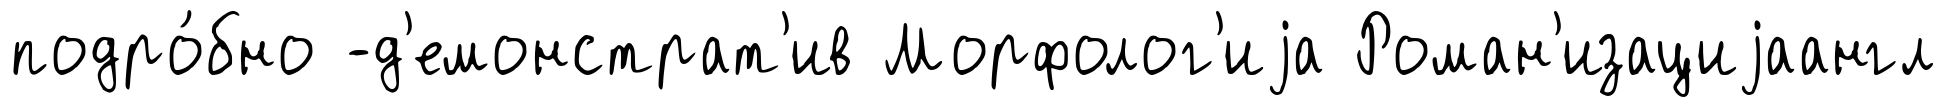
подро́бно -д'емонстрат'ив Морфолог'иjа Роман'изациjаангл